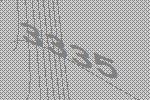
3335